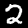
Digit: 2